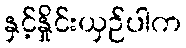
နှင့်နှိုင်းယှဉ်ပါက